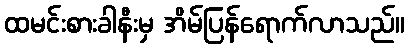
ထမင်းစားခါနီးမှ အိမ်ပြန်ရောက်လာသည်။